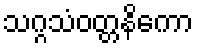
သဂ္ဂသံဝတ္တနိကော